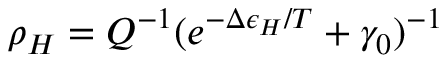
\rho _ { H } = Q ^ { - 1 } ( e ^ { - \Delta \epsilon _ { H } / T } + \gamma _ { 0 } ) ^ { - 1 }